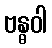
ဗန္ဓဝါ